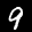
Label: 9